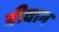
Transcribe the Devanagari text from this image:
डीवान